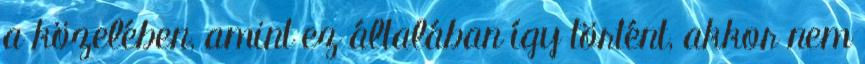
a közelében, amint ez általában így történt, akkor nem